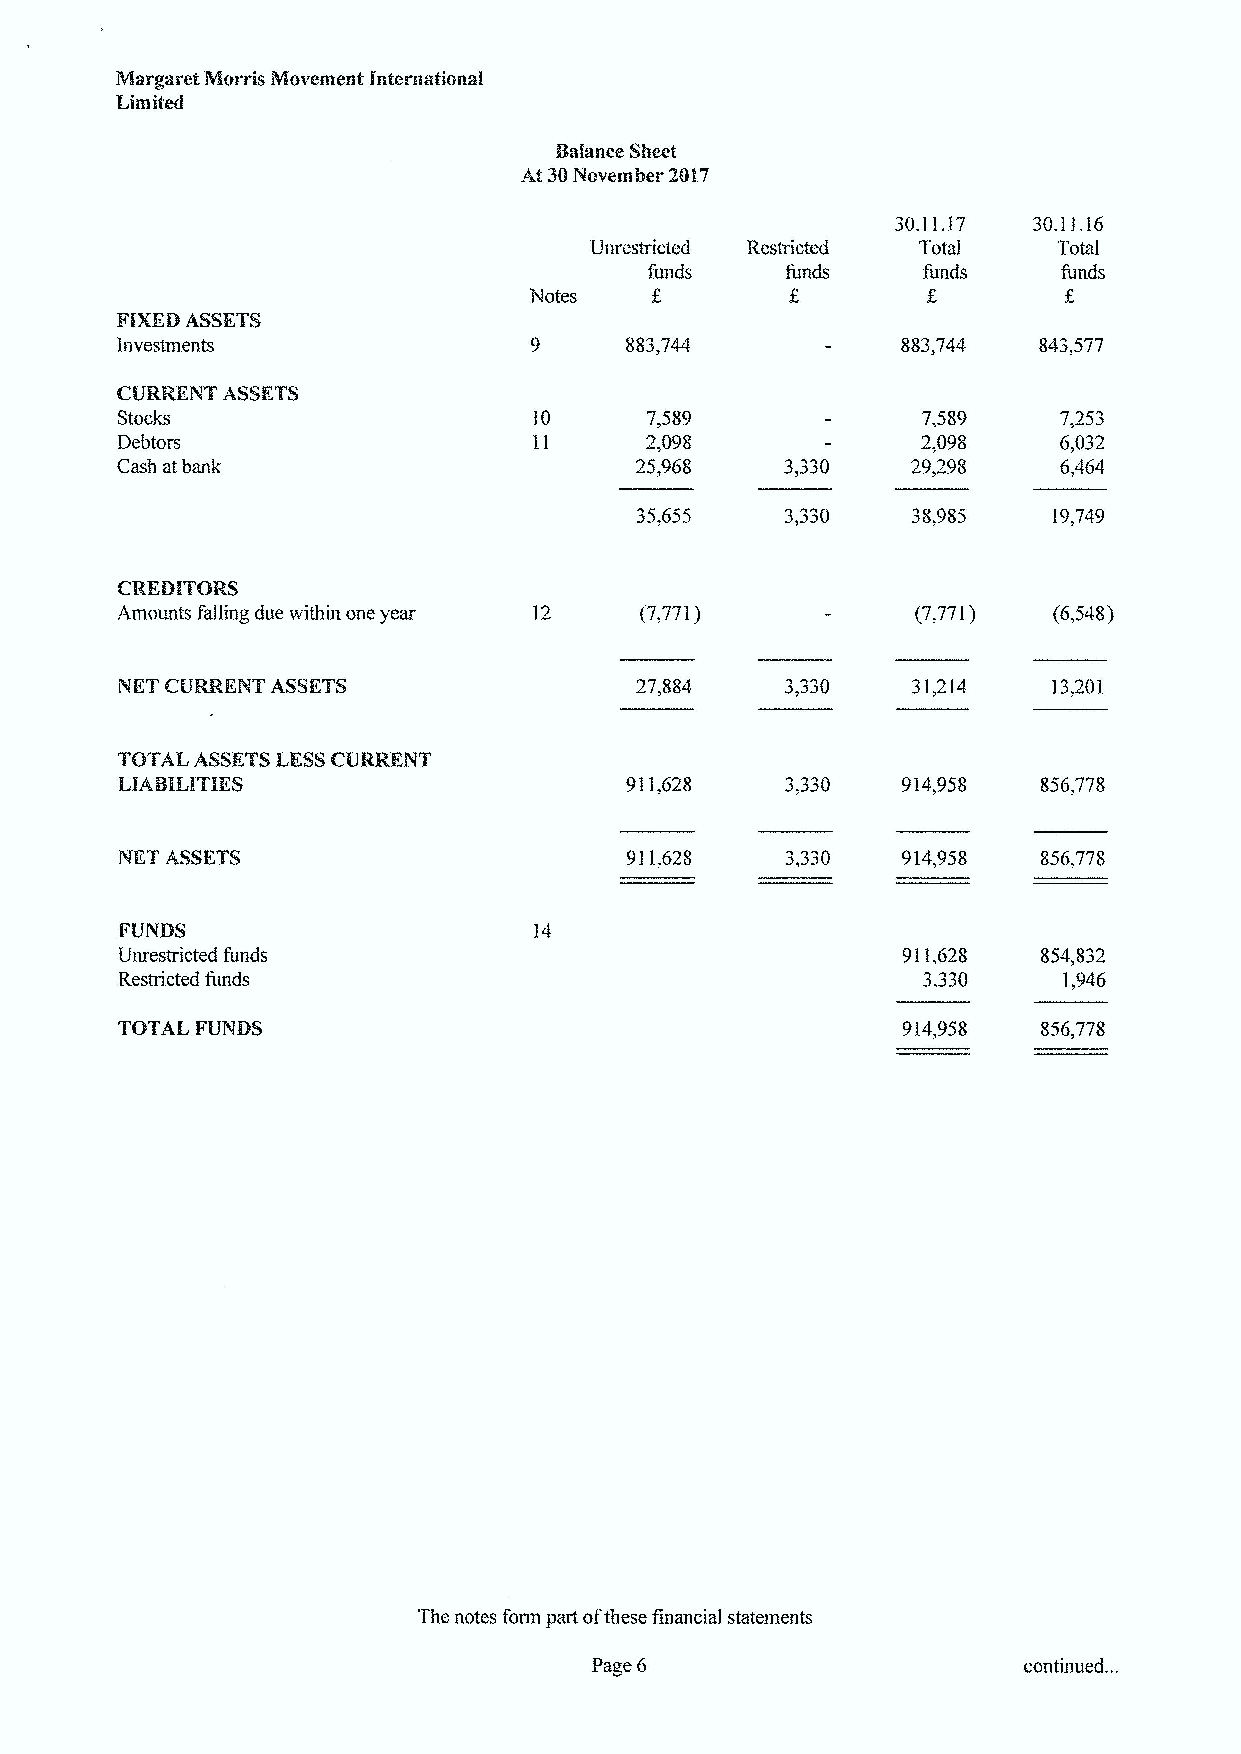
30.11.17 30.11.16
 Unrestricted          Total    Total
 funds             funds    funds
 Notes
 F1XEBASSETS
 Investments                      883,744
 CURRENT ASSETS
 Stocks                             7,589             7,589    7,253
 Debtors                            2,098             2,098    6,032
 Cash at bank                      25,968            29/98     6,464
 3,330             19,749
 CREMTORS
 Amounts falling due within one year 12 (7,771)       (7,771)
 NET CURRENT ASSETS                                  31,214    13,201
 911,628    3,330   914,958
 NET ASSETS                                  3,330            856,778
 FUNDS
 Unrestricted funds                                  911,628  854,832
 Restricted funds                                     3,330    1,946
 TOTAJ FUNDS                                                  856,778
 The notes form part ofthese financial statements
 Page 6                       continued. ..